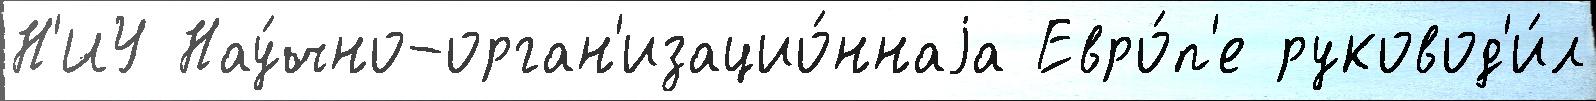
Н'ИУ Нау́чно-орган'изацио́ннаjа Евро́п'е руковод'и́л